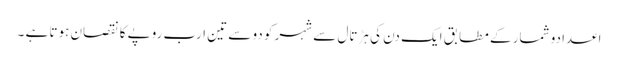
اعدادو شمار کے مطابق ایک دن کی ہڑتال سے شہر کو دو سے تین ارب روپے کا نقصان ہوتا ہے ۔